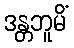
ဒန္တဘူမိံ